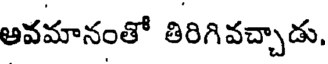
అవమానంతో తిరిగివచ్చాడు,